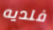
فلديه